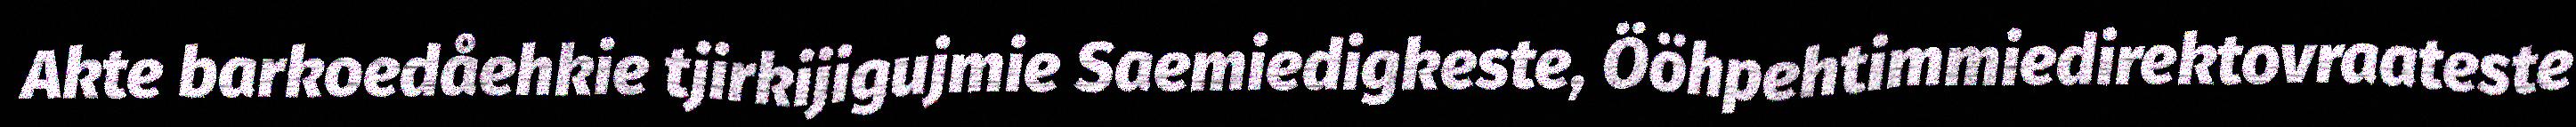
Akte barkoedåehkie tjirkijigujmie Saemiedigkeste, Ööhpehtimmiedirektovraateste